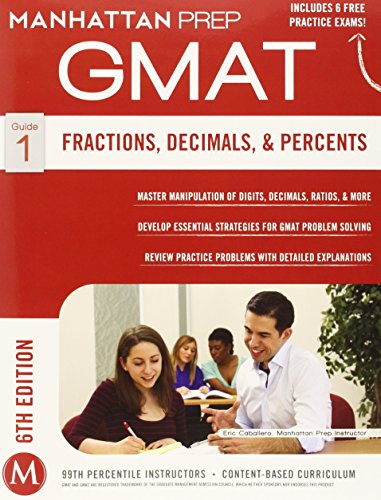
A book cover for GMAT Quantitative Strategy Guide Set (Manhattan Prep GMAT Strategy Guides); Manhattan Prep; Test Preparation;